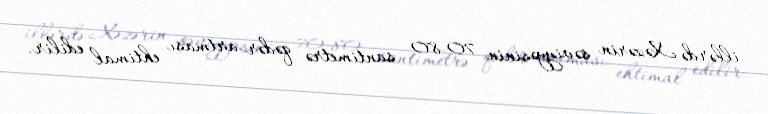
illərdə Xəzərin səviyyəsinin 70-80 santimetrə qədər artması ehtimal edilir.